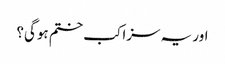
اور یہ سزا کب ختم ہوگی؟